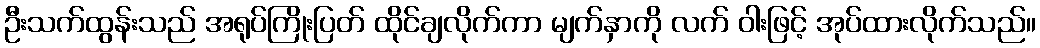
ဦးသက်ထွန်းသည် အရုပ်ကြိုးပြတ် ထိုင်ချလိုက်ကာ မျက်နှာကို လက် ဝါးဖြင့် အုပ်ထားလိုက်သည်။